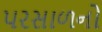
પરસાળનો